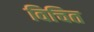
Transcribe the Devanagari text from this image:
विचित